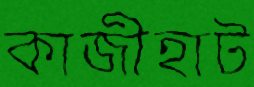
কাজীহাট